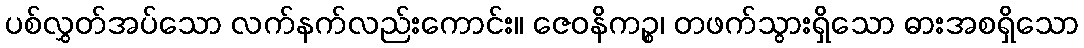
ပစ်လွှတ်အပ်သော လက်နက်လည်းကောင်း။ ဇေဝနိကဉ္စ၊ တဖက်သွားရှိသော ဓားအစရှိသော